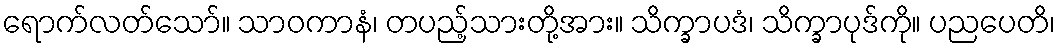
ရောက်လတ်သော်။ သာဝကာနံ၊ တပည့်သားတို့အား။ သိက္ခာပဒံ၊ သိက္ခာပုဒ်ကို။ ပညပေတိ၊